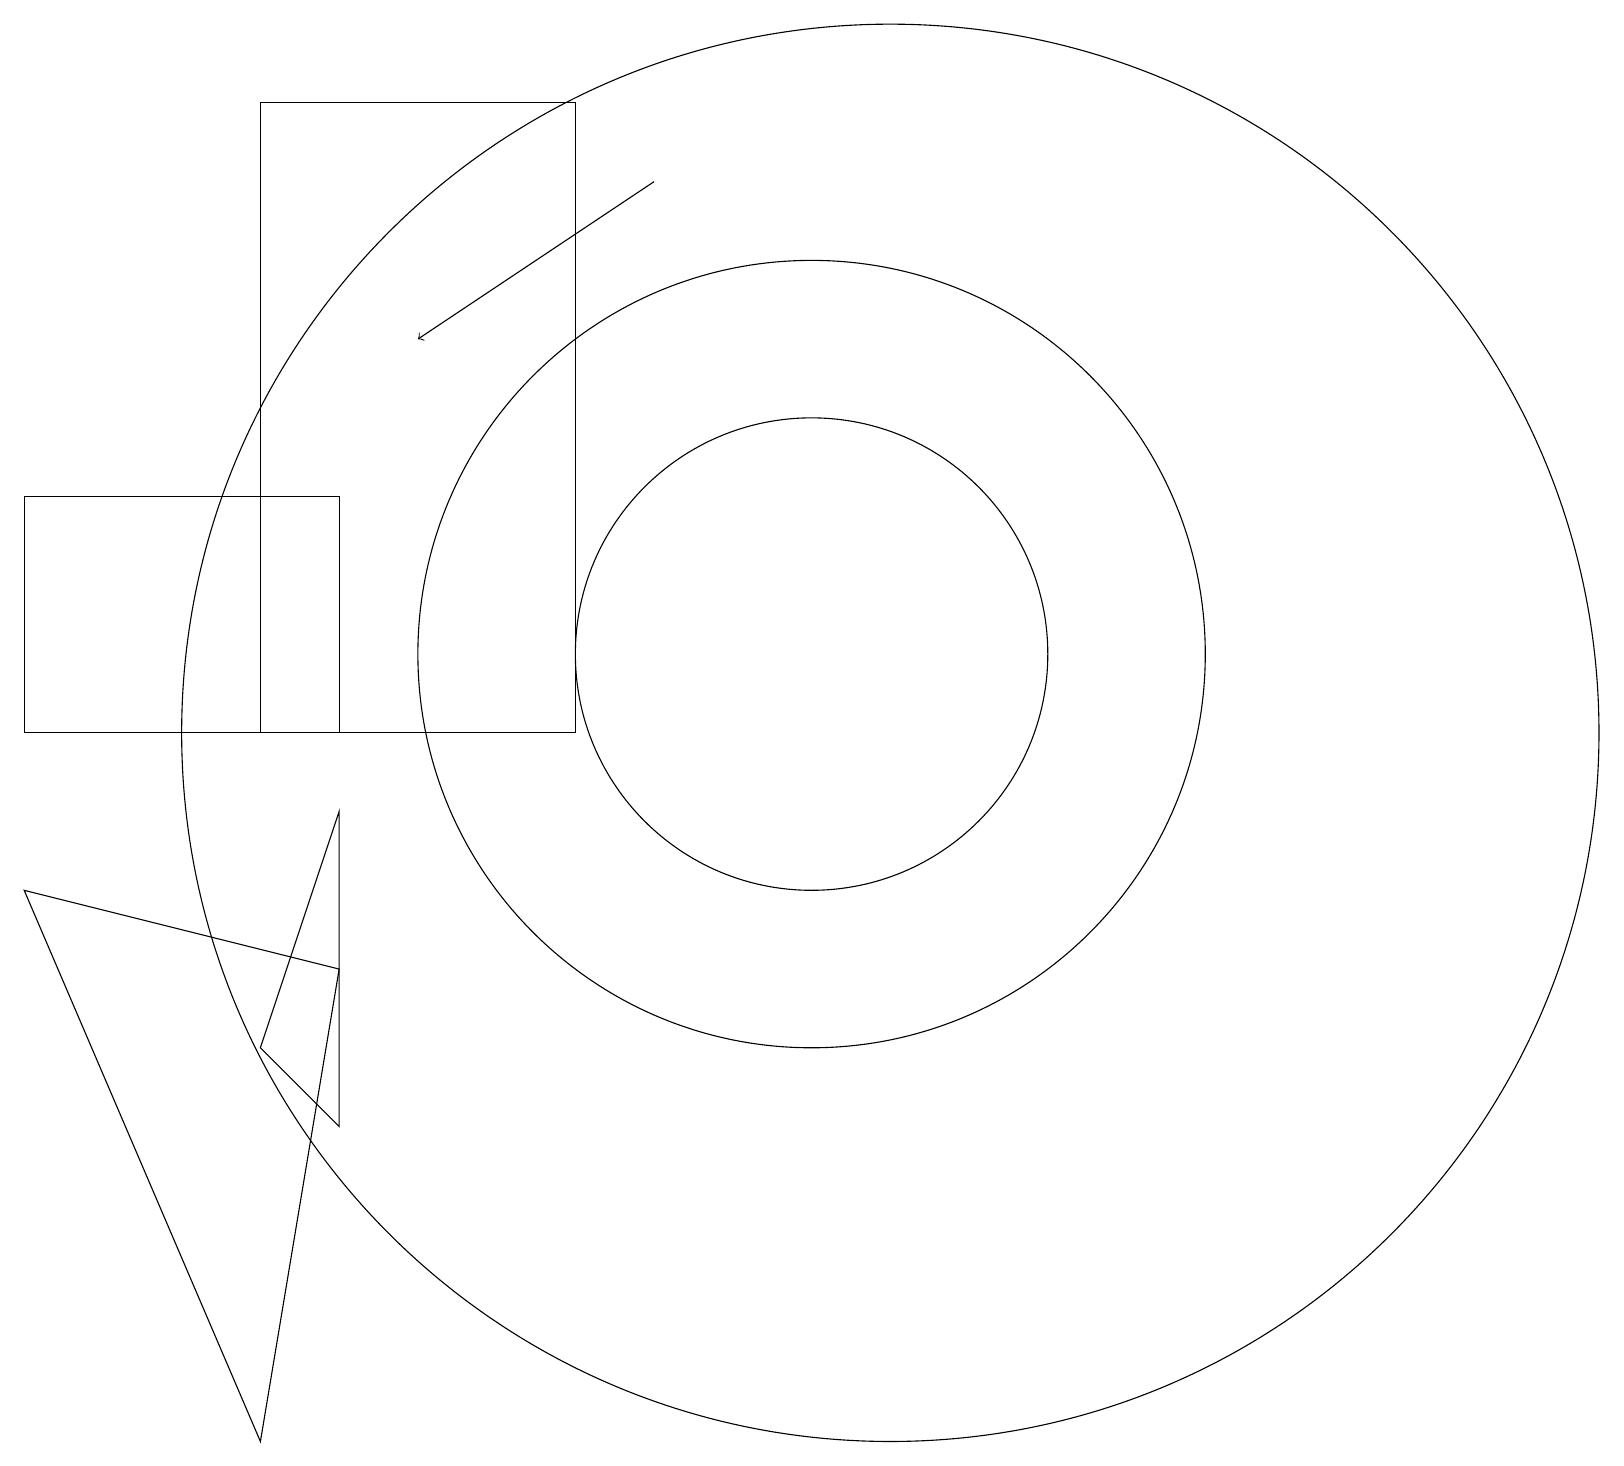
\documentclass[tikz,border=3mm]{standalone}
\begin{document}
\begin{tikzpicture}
\draw (3,18) rectangle (7,10);
\draw (4,5) -- (3,6) -- (4,9) -- cycle;
\draw[->] (8,17) -- (5,15);
\draw (10,11) circle (3);
\draw (4,13) rectangle (0,10);
\draw (10,11) circle (5);
\draw (11,10) circle (9);
\draw (0,8) -- (3,1) -- (4,7) -- cycle;
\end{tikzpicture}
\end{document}